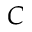
C